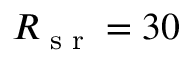
R _ { \textrm { s r } } = 3 0